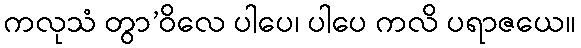
ကလုသံ တွာ’ဝိလေ ပါပေ၊ ပါပေ ကလိ ပရာဇယေ။